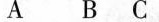
A B C